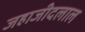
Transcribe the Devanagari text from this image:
जहाजीदलाल